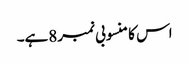
اس کا منسوبی نمبر8ہے۔